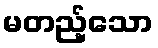
မတည့်သော